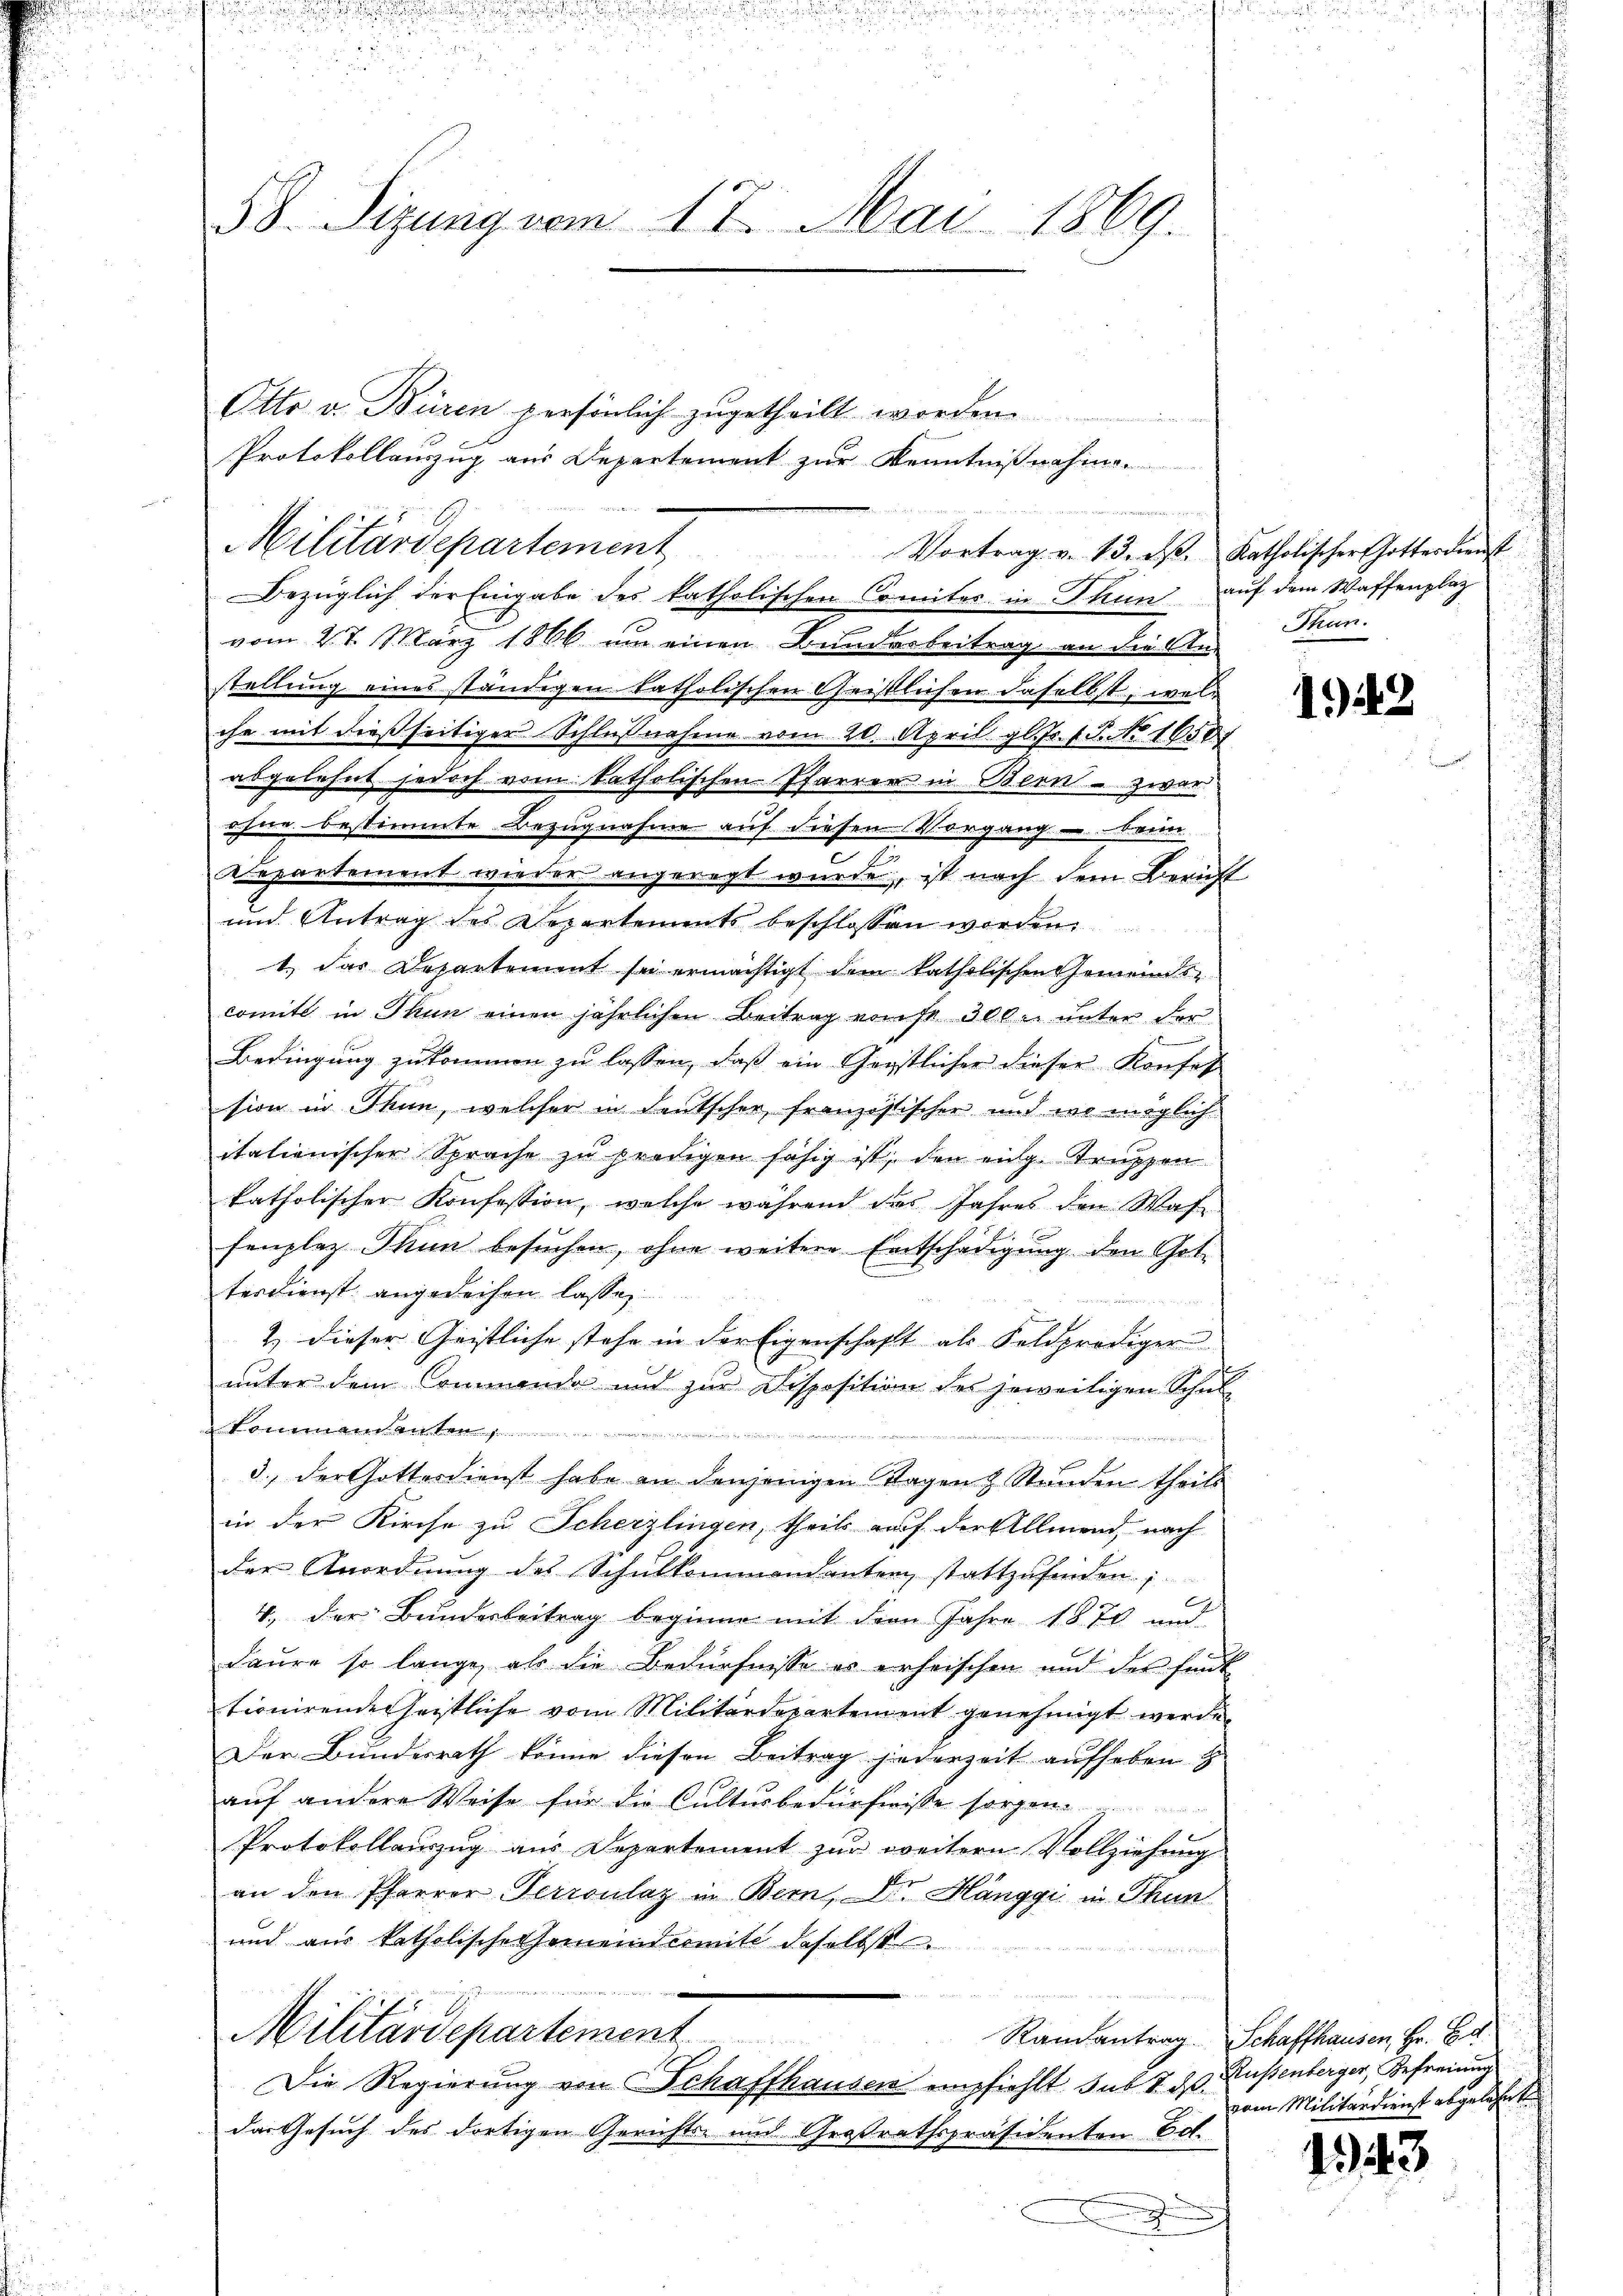
58. Sizung vom 17. Mai 1869.

vom 27. März 1866 um einen Bunderbeitrag an die An-
stellung eines ständigen katholischen Geistlichen daselbst, welihr mit dießseitiger Schlußnahme vom 20. April gl. Fr. f. 3. No 16387
abgelehnt jedoch vom katholischen Pfarrer in Bern - zwar
ohne bestimmte Bezugnahme auf diesen Vorgang u. Beim
Departement wieder angeregt wurde, ist nach dem Bericht
und Antrag des Departements beschlossen worden.
1.) Das Departement sie ermächtigt dem katholischen Gemeindscomite in Thun einen jährlichen Beitrag von fr. 300 l. unter der
.
Bedingung zukommen zu lassen, daß ein Geistlicher dieser Konfes
sion in Thun, welcher in deutscher französischer und in möglich
italienischer Sprache zu predigen fähig ist, den eng. Truppen
katholischer Konfession, welche während das Jahres den Was-
fenplaz Thun besuchen, ohne weitere Entschädigung den Gotterdienst angedeihen lasse
2.) Dieser Geistliche stehe in der Eigenschaft als Feldprödiger
unter dem Commanda und zur Disposition des jeweiligen Schul-
kommendanten
 und der einen

3., der Gottesdienst habe an denjenigen Tagen Stunden theils
in der Kirche zu Scherzlingen, theils auf der Allmend, nach
der Anordnung des Schulkommandanten stattzufinden;
C
4., der Bundesbeitrag beginne mit dem Jahre 1870 und
Laure so lange, als die Bedürfnisse er erheischen und der Fink
tionirendes heistliche vom Militärdepartement genehmigt werde
Der Bundesrath könne diesen Beitrag jederzeit aufheben z
auf andere Weise für die Culturbedürfnisse sorgen.
Protokollauszug aus Departement zur weitern Vollziehung
an den Pfarrer Perronlaz in Bern, Dr. Hänggi in Thun
und aus katholische Gemeindermitt daselbst
Militärdepartement
Randantrag Schaffhausen, Hr. Bd.
Die Regierung von Schaffhausen empfiehlt sub 7. ds.
das Gesuch des dortigen Gerichts- und Großrathspräsidenten Eol.
u

Militärdepartement

Otto v. Büren persönlich zugetheilt worden.
Protokollauszug aus Departement zur Kenntnißnahme

Bezüglich der Eingabe des katholischen Comiter in Thun auf dem Waffenplaz

Vortrag v. 13. d. Katholischer Gotterdienst

Thun.

1442

Russenberger, Gefreiung
dann Militärdienst abgelesent

143